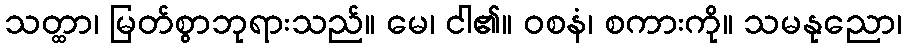
သတ္ထာ၊ မြတ်စွာဘုရားသည်။ မေ၊ ငါ၏။ ဝစနံ၊ စကားကို။ သမနုညော၊